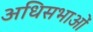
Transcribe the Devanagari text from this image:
अधिसभाओं